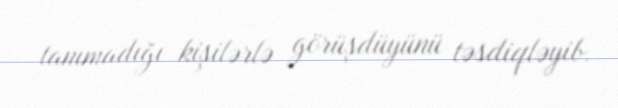
tanımadığı kişilərlə görüşdüyünü təsdiqləyib.